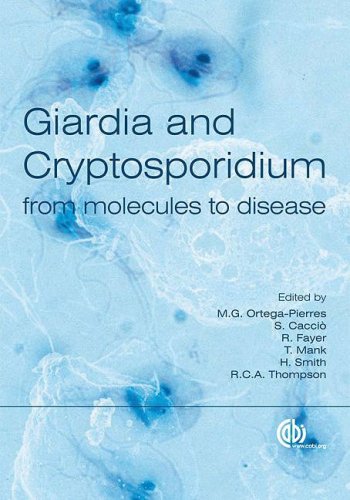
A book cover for Giardia and Cryptosporidium; M G Ortega-Pierres; Medical Books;